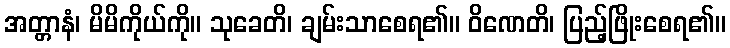
အတ္တာနံ၊ မိမိကိုယ်ကို။ သုခေတိ၊ ချမ်းသာစေရ၏။ ဝိဏေတိ၊ ပြည့်ဖြိုးစေရ၏။